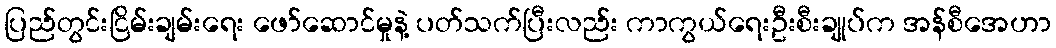
ပြည်တွင်းငြိမ်းချမ်းရေး ဖော်ဆောင်မှုနဲ့ ပတ်သက်ပြီးလည်း ကာကွယ်ရေးဦးစီးချုပ်က အန်စီအေဟာ